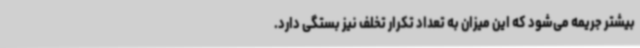
بیشتر جریمه می‌شود که این میزان به تعداد تکرار تخلف نیز بستگی دارد.